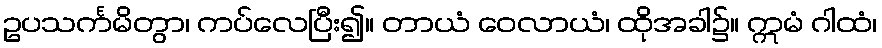
ဥပသင်္ကမိတွာ၊ ကပ်လေပြီး၍။ တာယံ ဝေလာယံ၊ ထိုအခါ၌။ ဣမံ ဂါထံ၊